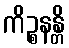
ကိဉ္စနန္တိ